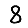
Digit: 8